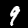
Label: 9